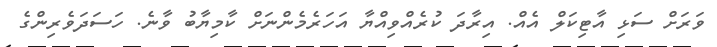
ވަރަށް ސަޅި އާޓިކަލް އެއް. އިރާދަ ކުރެއްވިއްޔާ އަހަރެމެންނަށް ކާމިޔާބު ވާނެ. ހަސަދަވެރިންގެ